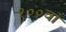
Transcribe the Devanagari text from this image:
१००वां